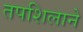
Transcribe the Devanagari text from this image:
तपशिलाने